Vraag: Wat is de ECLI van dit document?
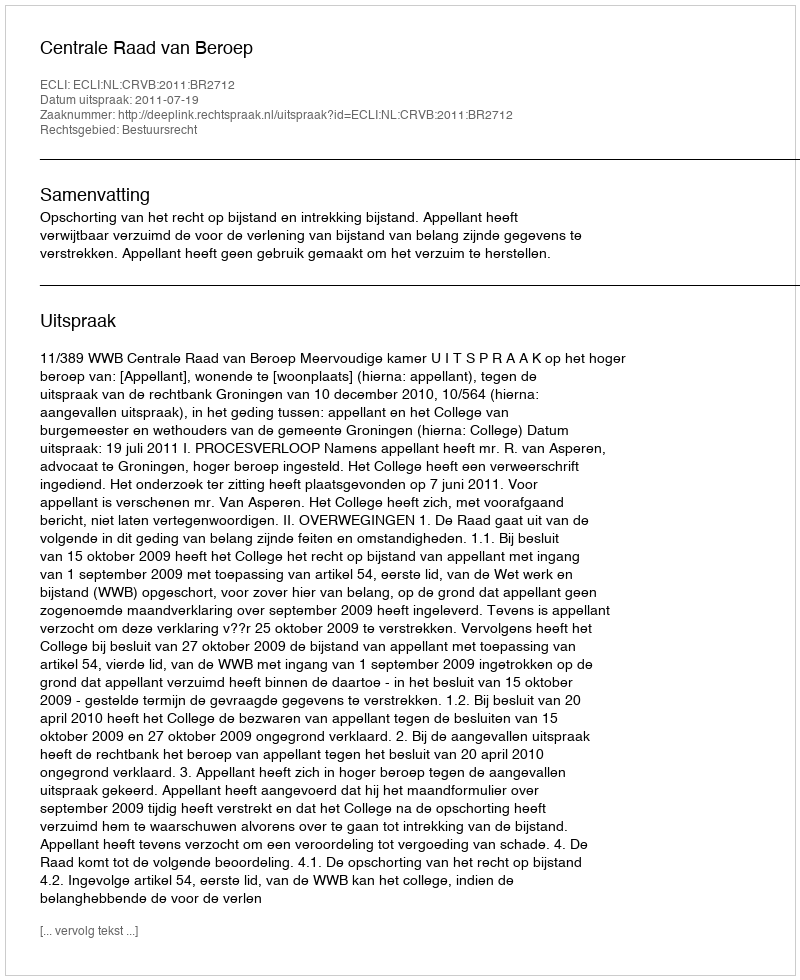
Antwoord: ECLI:NL:CRVB:2011:BR2712